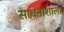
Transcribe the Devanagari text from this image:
साधनाशाला